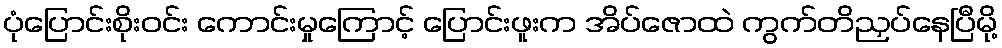
ပုံပြောင်းစိုးဝင်း ကောင်းမှုကြောင့် ပြောင်းဖူးက အိပ်ဇောထဲ ကွက်တိညှပ်နေပြီမို့